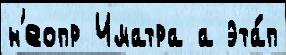
н'еопр Иматра а эта́п